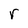
Character: r